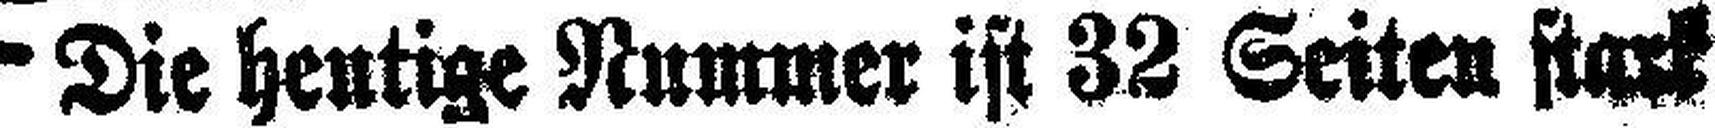
Die heutige Nummer ist 32 Seiten stark